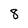
Character: 8